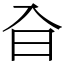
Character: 㒲